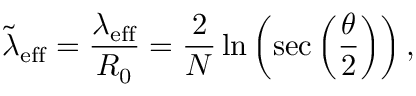
\tilde { \lambda } _ { \mathrm { e f f } } = \frac { \lambda _ { \mathrm { e f f } } } { R _ { 0 } } = \frac { 2 } { N } \ln \left( \sec \left( \frac { \theta } { 2 } \right) \right) ,